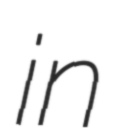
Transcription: in